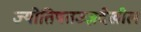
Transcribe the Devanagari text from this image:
ज्योतिषतज्ज्ञदेखील